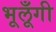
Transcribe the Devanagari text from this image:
भूलूँगी